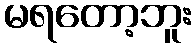
မရတော့ဘူး